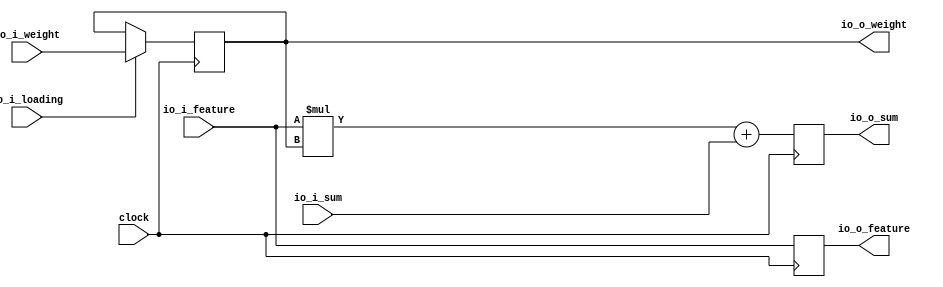
module wsPE(
  input         clock,
  input         io_i_loading,
  input  [7:0]  io_i_feature,
  input  [7:0]  io_i_weight,
  input  [15:0] io_i_sum,
  output [7:0]  io_o_feature,
  output [7:0]  io_o_weight,
  output [15:0] io_o_sum
);
`ifdef RANDOMIZE_REG_INIT
  reg [31:0] _RAND_0;
  reg [31:0] _RAND_1;
  reg [31:0] _RAND_2;
`endif // RANDOMIZE_REG_INIT
  reg [7:0] r_weight; // @[wsPE.scala 18:22]
  reg [7:0] r_feature; // @[wsPE.scala 19:22]
  reg [15:0] r_mac; // @[wsPE.scala 20:22]
  wire [15:0] _r_mac_T = $signed(io_i_feature) * $signed(r_weight); // @[wsPE.scala 29:33]
  assign io_o_feature = r_feature; // @[wsPE.scala 31:16]
  assign io_o_weight = r_weight; // @[wsPE.scala 32:16]
  assign io_o_sum = r_mac; // @[wsPE.scala 33:16]
  always @(posedge clock) begin
    if (io_i_loading) begin // @[wsPE.scala 22:34]
      r_weight <= io_i_weight; // @[wsPE.scala 23:14]
    end
    r_feature <= io_i_feature; // @[wsPE.scala 28:16]
    r_mac <= $signed(_r_mac_T) + $signed(io_i_sum); // @[wsPE.scala 29:45]
  end
// Register and memory initialization
`ifdef RANDOMIZE_GARBAGE_ASSIGN
`define RANDOMIZE
`endif
`ifdef RANDOMIZE_INVALID_ASSIGN
`define RANDOMIZE
`endif
`ifdef RANDOMIZE_REG_INIT
`define RANDOMIZE
`endif
`ifdef RANDOMIZE_MEM_INIT
`define RANDOMIZE
`endif
`ifndef RANDOM
`define RANDOM $random
`endif
`ifdef RANDOMIZE_MEM_INIT
  integer initvar;
`endif
`ifndef SYNTHESIS
`ifdef FIRRTL_BEFORE_INITIAL
`FIRRTL_BEFORE_INITIAL
`endif
initial begin
  `ifdef RANDOMIZE
    `ifdef INIT_RANDOM
      `INIT_RANDOM
    `endif
    `ifndef VERILATOR
      `ifdef RANDOMIZE_DELAY
        #`RANDOMIZE_DELAY begin end
      `else
        #0.002 begin end
      `endif
    `endif
`ifdef RANDOMIZE_REG_INIT
  _RAND_0 = {1{`RANDOM}};
  r_weight = _RAND_0[7:0];
  _RAND_1 = {1{`RANDOM}};
  r_feature = _RAND_1[7:0];
  _RAND_2 = {1{`RANDOM}};
  r_mac = _RAND_2[15:0];
`endif // RANDOMIZE_REG_INIT
  `endif // RANDOMIZE
end // initial
`ifdef FIRRTL_AFTER_INITIAL
`FIRRTL_AFTER_INITIAL
`endif
`endif // SYNTHESIS
endmodule
module wsSA(
  input         clock,
  input         reset,
  input         io_i_loading,
  input  [7:0]  io_i_feature_0,
  input  [7:0]  io_i_feature_1,
  input  [7:0]  io_i_feature_2,
  input  [7:0]  io_i_feature_3,
  input  [7:0]  io_i_feature_4,
  input  [7:0]  io_i_weight_0,
  input  [7:0]  io_i_weight_1,
  input  [7:0]  io_i_weight_2,
  input  [7:0]  io_i_weight_3,
  input  [7:0]  io_i_weight_4,
  output [15:0] io_o_result_0,
  output [15:0] io_o_result_1,
  output [15:0] io_o_result_2,
  output [15:0] io_o_result_3,
  output [15:0] io_o_result_4
);
  wire  sys_arr_0_0_clock; // @[wsSA.scala 16:57]
  wire  sys_arr_0_0_io_i_loading; // @[wsSA.scala 16:57]
  wire [7:0] sys_arr_0_0_io_i_feature; // @[wsSA.scala 16:57]
  wire [7:0] sys_arr_0_0_io_i_weight; // @[wsSA.scala 16:57]
  wire [15:0] sys_arr_0_0_io_i_sum; // @[wsSA.scala 16:57]
  wire [7:0] sys_arr_0_0_io_o_feature; // @[wsSA.scala 16:57]
  wire [7:0] sys_arr_0_0_io_o_weight; // @[wsSA.scala 16:57]
  wire [15:0] sys_arr_0_0_io_o_sum; // @[wsSA.scala 16:57]
  wire  sys_arr_0_1_clock; // @[wsSA.scala 16:57]
  wire  sys_arr_0_1_io_i_loading; // @[wsSA.scala 16:57]
  wire [7:0] sys_arr_0_1_io_i_feature; // @[wsSA.scala 16:57]
  wire [7:0] sys_arr_0_1_io_i_weight; // @[wsSA.scala 16:57]
  wire [15:0] sys_arr_0_1_io_i_sum; // @[wsSA.scala 16:57]
  wire [7:0] sys_arr_0_1_io_o_feature; // @[wsSA.scala 16:57]
  wire [7:0] sys_arr_0_1_io_o_weight; // @[wsSA.scala 16:57]
  wire [15:0] sys_arr_0_1_io_o_sum; // @[wsSA.scala 16:57]
  wire  sys_arr_0_2_clock; // @[wsSA.scala 16:57]
  wire  sys_arr_0_2_io_i_loading; // @[wsSA.scala 16:57]
  wire [7:0] sys_arr_0_2_io_i_feature; // @[wsSA.scala 16:57]
  wire [7:0] sys_arr_0_2_io_i_weight; // @[wsSA.scala 16:57]
  wire [15:0] sys_arr_0_2_io_i_sum; // @[wsSA.scala 16:57]
  wire [7:0] sys_arr_0_2_io_o_feature; // @[wsSA.scala 16:57]
  wire [7:0] sys_arr_0_2_io_o_weight; // @[wsSA.scala 16:57]
  wire [15:0] sys_arr_0_2_io_o_sum; // @[wsSA.scala 16:57]
  wire  sys_arr_0_3_clock; // @[wsSA.scala 16:57]
  wire  sys_arr_0_3_io_i_loading; // @[wsSA.scala 16:57]
  wire [7:0] sys_arr_0_3_io_i_feature; // @[wsSA.scala 16:57]
  wire [7:0] sys_arr_0_3_io_i_weight; // @[wsSA.scala 16:57]
  wire [15:0] sys_arr_0_3_io_i_sum; // @[wsSA.scala 16:57]
  wire [7:0] sys_arr_0_3_io_o_feature; // @[wsSA.scala 16:57]
  wire [7:0] sys_arr_0_3_io_o_weight; // @[wsSA.scala 16:57]
  wire [15:0] sys_arr_0_3_io_o_sum; // @[wsSA.scala 16:57]
  wire  sys_arr_0_4_clock; // @[wsSA.scala 16:57]
  wire  sys_arr_0_4_io_i_loading; // @[wsSA.scala 16:57]
  wire [7:0] sys_arr_0_4_io_i_feature; // @[wsSA.scala 16:57]
  wire [7:0] sys_arr_0_4_io_i_weight; // @[wsSA.scala 16:57]
  wire [15:0] sys_arr_0_4_io_i_sum; // @[wsSA.scala 16:57]
  wire [7:0] sys_arr_0_4_io_o_feature; // @[wsSA.scala 16:57]
  wire [7:0] sys_arr_0_4_io_o_weight; // @[wsSA.scala 16:57]
  wire [15:0] sys_arr_0_4_io_o_sum; // @[wsSA.scala 16:57]
  wire  sys_arr_1_0_clock; // @[wsSA.scala 16:57]
  wire  sys_arr_1_0_io_i_loading; // @[wsSA.scala 16:57]
  wire [7:0] sys_arr_1_0_io_i_feature; // @[wsSA.scala 16:57]
  wire [7:0] sys_arr_1_0_io_i_weight; // @[wsSA.scala 16:57]
  wire [15:0] sys_arr_1_0_io_i_sum; // @[wsSA.scala 16:57]
  wire [7:0] sys_arr_1_0_io_o_feature; // @[wsSA.scala 16:57]
  wire [7:0] sys_arr_1_0_io_o_weight; // @[wsSA.scala 16:57]
  wire [15:0] sys_arr_1_0_io_o_sum; // @[wsSA.scala 16:57]
  wire  sys_arr_1_1_clock; // @[wsSA.scala 16:57]
  wire  sys_arr_1_1_io_i_loading; // @[wsSA.scala 16:57]
  wire [7:0] sys_arr_1_1_io_i_feature; // @[wsSA.scala 16:57]
  wire [7:0] sys_arr_1_1_io_i_weight; // @[wsSA.scala 16:57]
  wire [15:0] sys_arr_1_1_io_i_sum; // @[wsSA.scala 16:57]
  wire [7:0] sys_arr_1_1_io_o_feature; // @[wsSA.scala 16:57]
  wire [7:0] sys_arr_1_1_io_o_weight; // @[wsSA.scala 16:57]
  wire [15:0] sys_arr_1_1_io_o_sum; // @[wsSA.scala 16:57]
  wire  sys_arr_1_2_clock; // @[wsSA.scala 16:57]
  wire  sys_arr_1_2_io_i_loading; // @[wsSA.scala 16:57]
  wire [7:0] sys_arr_1_2_io_i_feature; // @[wsSA.scala 16:57]
  wire [7:0] sys_arr_1_2_io_i_weight; // @[wsSA.scala 16:57]
  wire [15:0] sys_arr_1_2_io_i_sum; // @[wsSA.scala 16:57]
  wire [7:0] sys_arr_1_2_io_o_feature; // @[wsSA.scala 16:57]
  wire [7:0] sys_arr_1_2_io_o_weight; // @[wsSA.scala 16:57]
  wire [15:0] sys_arr_1_2_io_o_sum; // @[wsSA.scala 16:57]
  wire  sys_arr_1_3_clock; // @[wsSA.scala 16:57]
  wire  sys_arr_1_3_io_i_loading; // @[wsSA.scala 16:57]
  wire [7:0] sys_arr_1_3_io_i_feature; // @[wsSA.scala 16:57]
  wire [7:0] sys_arr_1_3_io_i_weight; // @[wsSA.scala 16:57]
  wire [15:0] sys_arr_1_3_io_i_sum; // @[wsSA.scala 16:57]
  wire [7:0] sys_arr_1_3_io_o_feature; // @[wsSA.scala 16:57]
  wire [7:0] sys_arr_1_3_io_o_weight; // @[wsSA.scala 16:57]
  wire [15:0] sys_arr_1_3_io_o_sum; // @[wsSA.scala 16:57]
  wire  sys_arr_1_4_clock; // @[wsSA.scala 16:57]
  wire  sys_arr_1_4_io_i_loading; // @[wsSA.scala 16:57]
  wire [7:0] sys_arr_1_4_io_i_feature; // @[wsSA.scala 16:57]
  wire [7:0] sys_arr_1_4_io_i_weight; // @[wsSA.scala 16:57]
  wire [15:0] sys_arr_1_4_io_i_sum; // @[wsSA.scala 16:57]
  wire [7:0] sys_arr_1_4_io_o_feature; // @[wsSA.scala 16:57]
  wire [7:0] sys_arr_1_4_io_o_weight; // @[wsSA.scala 16:57]
  wire [15:0] sys_arr_1_4_io_o_sum; // @[wsSA.scala 16:57]
  wire  sys_arr_2_0_clock; // @[wsSA.scala 16:57]
  wire  sys_arr_2_0_io_i_loading; // @[wsSA.scala 16:57]
  wire [7:0] sys_arr_2_0_io_i_feature; // @[wsSA.scala 16:57]
  wire [7:0] sys_arr_2_0_io_i_weight; // @[wsSA.scala 16:57]
  wire [15:0] sys_arr_2_0_io_i_sum; // @[wsSA.scala 16:57]
  wire [7:0] sys_arr_2_0_io_o_feature; // @[wsSA.scala 16:57]
  wire [7:0] sys_arr_2_0_io_o_weight; // @[wsSA.scala 16:57]
  wire [15:0] sys_arr_2_0_io_o_sum; // @[wsSA.scala 16:57]
  wire  sys_arr_2_1_clock; // @[wsSA.scala 16:57]
  wire  sys_arr_2_1_io_i_loading; // @[wsSA.scala 16:57]
  wire [7:0] sys_arr_2_1_io_i_feature; // @[wsSA.scala 16:57]
  wire [7:0] sys_arr_2_1_io_i_weight; // @[wsSA.scala 16:57]
  wire [15:0] sys_arr_2_1_io_i_sum; // @[wsSA.scala 16:57]
  wire [7:0] sys_arr_2_1_io_o_feature; // @[wsSA.scala 16:57]
  wire [7:0] sys_arr_2_1_io_o_weight; // @[wsSA.scala 16:57]
  wire [15:0] sys_arr_2_1_io_o_sum; // @[wsSA.scala 16:57]
  wire  sys_arr_2_2_clock; // @[wsSA.scala 16:57]
  wire  sys_arr_2_2_io_i_loading; // @[wsSA.scala 16:57]
  wire [7:0] sys_arr_2_2_io_i_feature; // @[wsSA.scala 16:57]
  wire [7:0] sys_arr_2_2_io_i_weight; // @[wsSA.scala 16:57]
  wire [15:0] sys_arr_2_2_io_i_sum; // @[wsSA.scala 16:57]
  wire [7:0] sys_arr_2_2_io_o_feature; // @[wsSA.scala 16:57]
  wire [7:0] sys_arr_2_2_io_o_weight; // @[wsSA.scala 16:57]
  wire [15:0] sys_arr_2_2_io_o_sum; // @[wsSA.scala 16:57]
  wire  sys_arr_2_3_clock; // @[wsSA.scala 16:57]
  wire  sys_arr_2_3_io_i_loading; // @[wsSA.scala 16:57]
  wire [7:0] sys_arr_2_3_io_i_feature; // @[wsSA.scala 16:57]
  wire [7:0] sys_arr_2_3_io_i_weight; // @[wsSA.scala 16:57]
  wire [15:0] sys_arr_2_3_io_i_sum; // @[wsSA.scala 16:57]
  wire [7:0] sys_arr_2_3_io_o_feature; // @[wsSA.scala 16:57]
  wire [7:0] sys_arr_2_3_io_o_weight; // @[wsSA.scala 16:57]
  wire [15:0] sys_arr_2_3_io_o_sum; // @[wsSA.scala 16:57]
  wire  sys_arr_2_4_clock; // @[wsSA.scala 16:57]
  wire  sys_arr_2_4_io_i_loading; // @[wsSA.scala 16:57]
  wire [7:0] sys_arr_2_4_io_i_feature; // @[wsSA.scala 16:57]
  wire [7:0] sys_arr_2_4_io_i_weight; // @[wsSA.scala 16:57]
  wire [15:0] sys_arr_2_4_io_i_sum; // @[wsSA.scala 16:57]
  wire [7:0] sys_arr_2_4_io_o_feature; // @[wsSA.scala 16:57]
  wire [7:0] sys_arr_2_4_io_o_weight; // @[wsSA.scala 16:57]
  wire [15:0] sys_arr_2_4_io_o_sum; // @[wsSA.scala 16:57]
  wire  sys_arr_3_0_clock; // @[wsSA.scala 16:57]
  wire  sys_arr_3_0_io_i_loading; // @[wsSA.scala 16:57]
  wire [7:0] sys_arr_3_0_io_i_feature; // @[wsSA.scala 16:57]
  wire [7:0] sys_arr_3_0_io_i_weight; // @[wsSA.scala 16:57]
  wire [15:0] sys_arr_3_0_io_i_sum; // @[wsSA.scala 16:57]
  wire [7:0] sys_arr_3_0_io_o_feature; // @[wsSA.scala 16:57]
  wire [7:0] sys_arr_3_0_io_o_weight; // @[wsSA.scala 16:57]
  wire [15:0] sys_arr_3_0_io_o_sum; // @[wsSA.scala 16:57]
  wire  sys_arr_3_1_clock; // @[wsSA.scala 16:57]
  wire  sys_arr_3_1_io_i_loading; // @[wsSA.scala 16:57]
  wire [7:0] sys_arr_3_1_io_i_feature; // @[wsSA.scala 16:57]
  wire [7:0] sys_arr_3_1_io_i_weight; // @[wsSA.scala 16:57]
  wire [15:0] sys_arr_3_1_io_i_sum; // @[wsSA.scala 16:57]
  wire [7:0] sys_arr_3_1_io_o_feature; // @[wsSA.scala 16:57]
  wire [7:0] sys_arr_3_1_io_o_weight; // @[wsSA.scala 16:57]
  wire [15:0] sys_arr_3_1_io_o_sum; // @[wsSA.scala 16:57]
  wire  sys_arr_3_2_clock; // @[wsSA.scala 16:57]
  wire  sys_arr_3_2_io_i_loading; // @[wsSA.scala 16:57]
  wire [7:0] sys_arr_3_2_io_i_feature; // @[wsSA.scala 16:57]
  wire [7:0] sys_arr_3_2_io_i_weight; // @[wsSA.scala 16:57]
  wire [15:0] sys_arr_3_2_io_i_sum; // @[wsSA.scala 16:57]
  wire [7:0] sys_arr_3_2_io_o_feature; // @[wsSA.scala 16:57]
  wire [7:0] sys_arr_3_2_io_o_weight; // @[wsSA.scala 16:57]
  wire [15:0] sys_arr_3_2_io_o_sum; // @[wsSA.scala 16:57]
  wire  sys_arr_3_3_clock; // @[wsSA.scala 16:57]
  wire  sys_arr_3_3_io_i_loading; // @[wsSA.scala 16:57]
  wire [7:0] sys_arr_3_3_io_i_feature; // @[wsSA.scala 16:57]
  wire [7:0] sys_arr_3_3_io_i_weight; // @[wsSA.scala 16:57]
  wire [15:0] sys_arr_3_3_io_i_sum; // @[wsSA.scala 16:57]
  wire [7:0] sys_arr_3_3_io_o_feature; // @[wsSA.scala 16:57]
  wire [7:0] sys_arr_3_3_io_o_weight; // @[wsSA.scala 16:57]
  wire [15:0] sys_arr_3_3_io_o_sum; // @[wsSA.scala 16:57]
  wire  sys_arr_3_4_clock; // @[wsSA.scala 16:57]
  wire  sys_arr_3_4_io_i_loading; // @[wsSA.scala 16:57]
  wire [7:0] sys_arr_3_4_io_i_feature; // @[wsSA.scala 16:57]
  wire [7:0] sys_arr_3_4_io_i_weight; // @[wsSA.scala 16:57]
  wire [15:0] sys_arr_3_4_io_i_sum; // @[wsSA.scala 16:57]
  wire [7:0] sys_arr_3_4_io_o_feature; // @[wsSA.scala 16:57]
  wire [7:0] sys_arr_3_4_io_o_weight; // @[wsSA.scala 16:57]
  wire [15:0] sys_arr_3_4_io_o_sum; // @[wsSA.scala 16:57]
  wire  sys_arr_4_0_clock; // @[wsSA.scala 16:57]
  wire  sys_arr_4_0_io_i_loading; // @[wsSA.scala 16:57]
  wire [7:0] sys_arr_4_0_io_i_feature; // @[wsSA.scala 16:57]
  wire [7:0] sys_arr_4_0_io_i_weight; // @[wsSA.scala 16:57]
  wire [15:0] sys_arr_4_0_io_i_sum; // @[wsSA.scala 16:57]
  wire [7:0] sys_arr_4_0_io_o_feature; // @[wsSA.scala 16:57]
  wire [7:0] sys_arr_4_0_io_o_weight; // @[wsSA.scala 16:57]
  wire [15:0] sys_arr_4_0_io_o_sum; // @[wsSA.scala 16:57]
  wire  sys_arr_4_1_clock; // @[wsSA.scala 16:57]
  wire  sys_arr_4_1_io_i_loading; // @[wsSA.scala 16:57]
  wire [7:0] sys_arr_4_1_io_i_feature; // @[wsSA.scala 16:57]
  wire [7:0] sys_arr_4_1_io_i_weight; // @[wsSA.scala 16:57]
  wire [15:0] sys_arr_4_1_io_i_sum; // @[wsSA.scala 16:57]
  wire [7:0] sys_arr_4_1_io_o_feature; // @[wsSA.scala 16:57]
  wire [7:0] sys_arr_4_1_io_o_weight; // @[wsSA.scala 16:57]
  wire [15:0] sys_arr_4_1_io_o_sum; // @[wsSA.scala 16:57]
  wire  sys_arr_4_2_clock; // @[wsSA.scala 16:57]
  wire  sys_arr_4_2_io_i_loading; // @[wsSA.scala 16:57]
  wire [7:0] sys_arr_4_2_io_i_feature; // @[wsSA.scala 16:57]
  wire [7:0] sys_arr_4_2_io_i_weight; // @[wsSA.scala 16:57]
  wire [15:0] sys_arr_4_2_io_i_sum; // @[wsSA.scala 16:57]
  wire [7:0] sys_arr_4_2_io_o_feature; // @[wsSA.scala 16:57]
  wire [7:0] sys_arr_4_2_io_o_weight; // @[wsSA.scala 16:57]
  wire [15:0] sys_arr_4_2_io_o_sum; // @[wsSA.scala 16:57]
  wire  sys_arr_4_3_clock; // @[wsSA.scala 16:57]
  wire  sys_arr_4_3_io_i_loading; // @[wsSA.scala 16:57]
  wire [7:0] sys_arr_4_3_io_i_feature; // @[wsSA.scala 16:57]
  wire [7:0] sys_arr_4_3_io_i_weight; // @[wsSA.scala 16:57]
  wire [15:0] sys_arr_4_3_io_i_sum; // @[wsSA.scala 16:57]
  wire [7:0] sys_arr_4_3_io_o_feature; // @[wsSA.scala 16:57]
  wire [7:0] sys_arr_4_3_io_o_weight; // @[wsSA.scala 16:57]
  wire [15:0] sys_arr_4_3_io_o_sum; // @[wsSA.scala 16:57]
  wire  sys_arr_4_4_clock; // @[wsSA.scala 16:57]
  wire  sys_arr_4_4_io_i_loading; // @[wsSA.scala 16:57]
  wire [7:0] sys_arr_4_4_io_i_feature; // @[wsSA.scala 16:57]
  wire [7:0] sys_arr_4_4_io_i_weight; // @[wsSA.scala 16:57]
  wire [15:0] sys_arr_4_4_io_i_sum; // @[wsSA.scala 16:57]
  wire [7:0] sys_arr_4_4_io_o_feature; // @[wsSA.scala 16:57]
  wire [7:0] sys_arr_4_4_io_o_weight; // @[wsSA.scala 16:57]
  wire [15:0] sys_arr_4_4_io_o_sum; // @[wsSA.scala 16:57]
  wsPE sys_arr_0_0 ( // @[wsSA.scala 16:57]
    .clock(sys_arr_0_0_clock),
    .io_i_loading(sys_arr_0_0_io_i_loading),
    .io_i_feature(sys_arr_0_0_io_i_feature),
    .io_i_weight(sys_arr_0_0_io_i_weight),
    .io_i_sum(sys_arr_0_0_io_i_sum),
    .io_o_feature(sys_arr_0_0_io_o_feature),
    .io_o_weight(sys_arr_0_0_io_o_weight),
    .io_o_sum(sys_arr_0_0_io_o_sum)
  );
  wsPE sys_arr_0_1 ( // @[wsSA.scala 16:57]
    .clock(sys_arr_0_1_clock),
    .io_i_loading(sys_arr_0_1_io_i_loading),
    .io_i_feature(sys_arr_0_1_io_i_feature),
    .io_i_weight(sys_arr_0_1_io_i_weight),
    .io_i_sum(sys_arr_0_1_io_i_sum),
    .io_o_feature(sys_arr_0_1_io_o_feature),
    .io_o_weight(sys_arr_0_1_io_o_weight),
    .io_o_sum(sys_arr_0_1_io_o_sum)
  );
  wsPE sys_arr_0_2 ( // @[wsSA.scala 16:57]
    .clock(sys_arr_0_2_clock),
    .io_i_loading(sys_arr_0_2_io_i_loading),
    .io_i_feature(sys_arr_0_2_io_i_feature),
    .io_i_weight(sys_arr_0_2_io_i_weight),
    .io_i_sum(sys_arr_0_2_io_i_sum),
    .io_o_feature(sys_arr_0_2_io_o_feature),
    .io_o_weight(sys_arr_0_2_io_o_weight),
    .io_o_sum(sys_arr_0_2_io_o_sum)
  );
  wsPE sys_arr_0_3 ( // @[wsSA.scala 16:57]
    .clock(sys_arr_0_3_clock),
    .io_i_loading(sys_arr_0_3_io_i_loading),
    .io_i_feature(sys_arr_0_3_io_i_feature),
    .io_i_weight(sys_arr_0_3_io_i_weight),
    .io_i_sum(sys_arr_0_3_io_i_sum),
    .io_o_feature(sys_arr_0_3_io_o_feature),
    .io_o_weight(sys_arr_0_3_io_o_weight),
    .io_o_sum(sys_arr_0_3_io_o_sum)
  );
  wsPE sys_arr_0_4 ( // @[wsSA.scala 16:57]
    .clock(sys_arr_0_4_clock),
    .io_i_loading(sys_arr_0_4_io_i_loading),
    .io_i_feature(sys_arr_0_4_io_i_feature),
    .io_i_weight(sys_arr_0_4_io_i_weight),
    .io_i_sum(sys_arr_0_4_io_i_sum),
    .io_o_feature(sys_arr_0_4_io_o_feature),
    .io_o_weight(sys_arr_0_4_io_o_weight),
    .io_o_sum(sys_arr_0_4_io_o_sum)
  );
  wsPE sys_arr_1_0 ( // @[wsSA.scala 16:57]
    .clock(sys_arr_1_0_clock),
    .io_i_loading(sys_arr_1_0_io_i_loading),
    .io_i_feature(sys_arr_1_0_io_i_feature),
    .io_i_weight(sys_arr_1_0_io_i_weight),
    .io_i_sum(sys_arr_1_0_io_i_sum),
    .io_o_feature(sys_arr_1_0_io_o_feature),
    .io_o_weight(sys_arr_1_0_io_o_weight),
    .io_o_sum(sys_arr_1_0_io_o_sum)
  );
  wsPE sys_arr_1_1 ( // @[wsSA.scala 16:57]
    .clock(sys_arr_1_1_clock),
    .io_i_loading(sys_arr_1_1_io_i_loading),
    .io_i_feature(sys_arr_1_1_io_i_feature),
    .io_i_weight(sys_arr_1_1_io_i_weight),
    .io_i_sum(sys_arr_1_1_io_i_sum),
    .io_o_feature(sys_arr_1_1_io_o_feature),
    .io_o_weight(sys_arr_1_1_io_o_weight),
    .io_o_sum(sys_arr_1_1_io_o_sum)
  );
  wsPE sys_arr_1_2 ( // @[wsSA.scala 16:57]
    .clock(sys_arr_1_2_clock),
    .io_i_loading(sys_arr_1_2_io_i_loading),
    .io_i_feature(sys_arr_1_2_io_i_feature),
    .io_i_weight(sys_arr_1_2_io_i_weight),
    .io_i_sum(sys_arr_1_2_io_i_sum),
    .io_o_feature(sys_arr_1_2_io_o_feature),
    .io_o_weight(sys_arr_1_2_io_o_weight),
    .io_o_sum(sys_arr_1_2_io_o_sum)
  );
  wsPE sys_arr_1_3 ( // @[wsSA.scala 16:57]
    .clock(sys_arr_1_3_clock),
    .io_i_loading(sys_arr_1_3_io_i_loading),
    .io_i_feature(sys_arr_1_3_io_i_feature),
    .io_i_weight(sys_arr_1_3_io_i_weight),
    .io_i_sum(sys_arr_1_3_io_i_sum),
    .io_o_feature(sys_arr_1_3_io_o_feature),
    .io_o_weight(sys_arr_1_3_io_o_weight),
    .io_o_sum(sys_arr_1_3_io_o_sum)
  );
  wsPE sys_arr_1_4 ( // @[wsSA.scala 16:57]
    .clock(sys_arr_1_4_clock),
    .io_i_loading(sys_arr_1_4_io_i_loading),
    .io_i_feature(sys_arr_1_4_io_i_feature),
    .io_i_weight(sys_arr_1_4_io_i_weight),
    .io_i_sum(sys_arr_1_4_io_i_sum),
    .io_o_feature(sys_arr_1_4_io_o_feature),
    .io_o_weight(sys_arr_1_4_io_o_weight),
    .io_o_sum(sys_arr_1_4_io_o_sum)
  );
  wsPE sys_arr_2_0 ( // @[wsSA.scala 16:57]
    .clock(sys_arr_2_0_clock),
    .io_i_loading(sys_arr_2_0_io_i_loading),
    .io_i_feature(sys_arr_2_0_io_i_feature),
    .io_i_weight(sys_arr_2_0_io_i_weight),
    .io_i_sum(sys_arr_2_0_io_i_sum),
    .io_o_feature(sys_arr_2_0_io_o_feature),
    .io_o_weight(sys_arr_2_0_io_o_weight),
    .io_o_sum(sys_arr_2_0_io_o_sum)
  );
  wsPE sys_arr_2_1 ( // @[wsSA.scala 16:57]
    .clock(sys_arr_2_1_clock),
    .io_i_loading(sys_arr_2_1_io_i_loading),
    .io_i_feature(sys_arr_2_1_io_i_feature),
    .io_i_weight(sys_arr_2_1_io_i_weight),
    .io_i_sum(sys_arr_2_1_io_i_sum),
    .io_o_feature(sys_arr_2_1_io_o_feature),
    .io_o_weight(sys_arr_2_1_io_o_weight),
    .io_o_sum(sys_arr_2_1_io_o_sum)
  );
  wsPE sys_arr_2_2 ( // @[wsSA.scala 16:57]
    .clock(sys_arr_2_2_clock),
    .io_i_loading(sys_arr_2_2_io_i_loading),
    .io_i_feature(sys_arr_2_2_io_i_feature),
    .io_i_weight(sys_arr_2_2_io_i_weight),
    .io_i_sum(sys_arr_2_2_io_i_sum),
    .io_o_feature(sys_arr_2_2_io_o_feature),
    .io_o_weight(sys_arr_2_2_io_o_weight),
    .io_o_sum(sys_arr_2_2_io_o_sum)
  );
  wsPE sys_arr_2_3 ( // @[wsSA.scala 16:57]
    .clock(sys_arr_2_3_clock),
    .io_i_loading(sys_arr_2_3_io_i_loading),
    .io_i_feature(sys_arr_2_3_io_i_feature),
    .io_i_weight(sys_arr_2_3_io_i_weight),
    .io_i_sum(sys_arr_2_3_io_i_sum),
    .io_o_feature(sys_arr_2_3_io_o_feature),
    .io_o_weight(sys_arr_2_3_io_o_weight),
    .io_o_sum(sys_arr_2_3_io_o_sum)
  );
  wsPE sys_arr_2_4 ( // @[wsSA.scala 16:57]
    .clock(sys_arr_2_4_clock),
    .io_i_loading(sys_arr_2_4_io_i_loading),
    .io_i_feature(sys_arr_2_4_io_i_feature),
    .io_i_weight(sys_arr_2_4_io_i_weight),
    .io_i_sum(sys_arr_2_4_io_i_sum),
    .io_o_feature(sys_arr_2_4_io_o_feature),
    .io_o_weight(sys_arr_2_4_io_o_weight),
    .io_o_sum(sys_arr_2_4_io_o_sum)
  );
  wsPE sys_arr_3_0 ( // @[wsSA.scala 16:57]
    .clock(sys_arr_3_0_clock),
    .io_i_loading(sys_arr_3_0_io_i_loading),
    .io_i_feature(sys_arr_3_0_io_i_feature),
    .io_i_weight(sys_arr_3_0_io_i_weight),
    .io_i_sum(sys_arr_3_0_io_i_sum),
    .io_o_feature(sys_arr_3_0_io_o_feature),
    .io_o_weight(sys_arr_3_0_io_o_weight),
    .io_o_sum(sys_arr_3_0_io_o_sum)
  );
  wsPE sys_arr_3_1 ( // @[wsSA.scala 16:57]
    .clock(sys_arr_3_1_clock),
    .io_i_loading(sys_arr_3_1_io_i_loading),
    .io_i_feature(sys_arr_3_1_io_i_feature),
    .io_i_weight(sys_arr_3_1_io_i_weight),
    .io_i_sum(sys_arr_3_1_io_i_sum),
    .io_o_feature(sys_arr_3_1_io_o_feature),
    .io_o_weight(sys_arr_3_1_io_o_weight),
    .io_o_sum(sys_arr_3_1_io_o_sum)
  );
  wsPE sys_arr_3_2 ( // @[wsSA.scala 16:57]
    .clock(sys_arr_3_2_clock),
    .io_i_loading(sys_arr_3_2_io_i_loading),
    .io_i_feature(sys_arr_3_2_io_i_feature),
    .io_i_weight(sys_arr_3_2_io_i_weight),
    .io_i_sum(sys_arr_3_2_io_i_sum),
    .io_o_feature(sys_arr_3_2_io_o_feature),
    .io_o_weight(sys_arr_3_2_io_o_weight),
    .io_o_sum(sys_arr_3_2_io_o_sum)
  );
  wsPE sys_arr_3_3 ( // @[wsSA.scala 16:57]
    .clock(sys_arr_3_3_clock),
    .io_i_loading(sys_arr_3_3_io_i_loading),
    .io_i_feature(sys_arr_3_3_io_i_feature),
    .io_i_weight(sys_arr_3_3_io_i_weight),
    .io_i_sum(sys_arr_3_3_io_i_sum),
    .io_o_feature(sys_arr_3_3_io_o_feature),
    .io_o_weight(sys_arr_3_3_io_o_weight),
    .io_o_sum(sys_arr_3_3_io_o_sum)
  );
  wsPE sys_arr_3_4 ( // @[wsSA.scala 16:57]
    .clock(sys_arr_3_4_clock),
    .io_i_loading(sys_arr_3_4_io_i_loading),
    .io_i_feature(sys_arr_3_4_io_i_feature),
    .io_i_weight(sys_arr_3_4_io_i_weight),
    .io_i_sum(sys_arr_3_4_io_i_sum),
    .io_o_feature(sys_arr_3_4_io_o_feature),
    .io_o_weight(sys_arr_3_4_io_o_weight),
    .io_o_sum(sys_arr_3_4_io_o_sum)
  );
  wsPE sys_arr_4_0 ( // @[wsSA.scala 16:57]
    .clock(sys_arr_4_0_clock),
    .io_i_loading(sys_arr_4_0_io_i_loading),
    .io_i_feature(sys_arr_4_0_io_i_feature),
    .io_i_weight(sys_arr_4_0_io_i_weight),
    .io_i_sum(sys_arr_4_0_io_i_sum),
    .io_o_feature(sys_arr_4_0_io_o_feature),
    .io_o_weight(sys_arr_4_0_io_o_weight),
    .io_o_sum(sys_arr_4_0_io_o_sum)
  );
  wsPE sys_arr_4_1 ( // @[wsSA.scala 16:57]
    .clock(sys_arr_4_1_clock),
    .io_i_loading(sys_arr_4_1_io_i_loading),
    .io_i_feature(sys_arr_4_1_io_i_feature),
    .io_i_weight(sys_arr_4_1_io_i_weight),
    .io_i_sum(sys_arr_4_1_io_i_sum),
    .io_o_feature(sys_arr_4_1_io_o_feature),
    .io_o_weight(sys_arr_4_1_io_o_weight),
    .io_o_sum(sys_arr_4_1_io_o_sum)
  );
  wsPE sys_arr_4_2 ( // @[wsSA.scala 16:57]
    .clock(sys_arr_4_2_clock),
    .io_i_loading(sys_arr_4_2_io_i_loading),
    .io_i_feature(sys_arr_4_2_io_i_feature),
    .io_i_weight(sys_arr_4_2_io_i_weight),
    .io_i_sum(sys_arr_4_2_io_i_sum),
    .io_o_feature(sys_arr_4_2_io_o_feature),
    .io_o_weight(sys_arr_4_2_io_o_weight),
    .io_o_sum(sys_arr_4_2_io_o_sum)
  );
  wsPE sys_arr_4_3 ( // @[wsSA.scala 16:57]
    .clock(sys_arr_4_3_clock),
    .io_i_loading(sys_arr_4_3_io_i_loading),
    .io_i_feature(sys_arr_4_3_io_i_feature),
    .io_i_weight(sys_arr_4_3_io_i_weight),
    .io_i_sum(sys_arr_4_3_io_i_sum),
    .io_o_feature(sys_arr_4_3_io_o_feature),
    .io_o_weight(sys_arr_4_3_io_o_weight),
    .io_o_sum(sys_arr_4_3_io_o_sum)
  );
  wsPE sys_arr_4_4 ( // @[wsSA.scala 16:57]
    .clock(sys_arr_4_4_clock),
    .io_i_loading(sys_arr_4_4_io_i_loading),
    .io_i_feature(sys_arr_4_4_io_i_feature),
    .io_i_weight(sys_arr_4_4_io_i_weight),
    .io_i_sum(sys_arr_4_4_io_i_sum),
    .io_o_feature(sys_arr_4_4_io_o_feature),
    .io_o_weight(sys_arr_4_4_io_o_weight),
    .io_o_sum(sys_arr_4_4_io_o_sum)
  );
  assign io_o_result_0 = sys_arr_4_0_io_o_sum; // @[wsSA.scala 34:20]
  assign io_o_result_1 = sys_arr_4_1_io_o_sum; // @[wsSA.scala 34:20]
  assign io_o_result_2 = sys_arr_4_2_io_o_sum; // @[wsSA.scala 34:20]
  assign io_o_result_3 = sys_arr_4_3_io_o_sum; // @[wsSA.scala 34:20]
  assign io_o_result_4 = sys_arr_4_4_io_o_sum; // @[wsSA.scala 34:20]
  assign sys_arr_0_0_clock = clock;
  assign sys_arr_0_0_io_i_loading = io_i_loading; // @[wsSA.scala 20:44]
  assign sys_arr_0_0_io_i_feature = io_i_feature_0; // @[wsSA.scala 30:36]
  assign sys_arr_0_0_io_i_weight = io_i_weight_0; // @[wsSA.scala 22:40]
  assign sys_arr_0_0_io_i_sum = 16'sh0; // @[wsSA.scala 23:40]
  assign sys_arr_0_1_clock = clock;
  assign sys_arr_0_1_io_i_loading = io_i_loading; // @[wsSA.scala 20:44]
  assign sys_arr_0_1_io_i_feature = sys_arr_0_0_io_o_feature; // @[wsSA.scala 32:40]
  assign sys_arr_0_1_io_i_weight = io_i_weight_1; // @[wsSA.scala 22:40]
  assign sys_arr_0_1_io_i_sum = 16'sh0; // @[wsSA.scala 23:40]
  assign sys_arr_0_2_clock = clock;
  assign sys_arr_0_2_io_i_loading = io_i_loading; // @[wsSA.scala 20:44]
  assign sys_arr_0_2_io_i_feature = sys_arr_0_1_io_o_feature; // @[wsSA.scala 32:40]
  assign sys_arr_0_2_io_i_weight = io_i_weight_2; // @[wsSA.scala 22:40]
  assign sys_arr_0_2_io_i_sum = 16'sh0; // @[wsSA.scala 23:40]
  assign sys_arr_0_3_clock = clock;
  assign sys_arr_0_3_io_i_loading = io_i_loading; // @[wsSA.scala 20:44]
  assign sys_arr_0_3_io_i_feature = sys_arr_0_2_io_o_feature; // @[wsSA.scala 32:40]
  assign sys_arr_0_3_io_i_weight = io_i_weight_3; // @[wsSA.scala 22:40]
  assign sys_arr_0_3_io_i_sum = 16'sh0; // @[wsSA.scala 23:40]
  assign sys_arr_0_4_clock = clock;
  assign sys_arr_0_4_io_i_loading = io_i_loading; // @[wsSA.scala 20:44]
  assign sys_arr_0_4_io_i_feature = sys_arr_0_3_io_o_feature; // @[wsSA.scala 32:40]
  assign sys_arr_0_4_io_i_weight = io_i_weight_4; // @[wsSA.scala 22:40]
  assign sys_arr_0_4_io_i_sum = 16'sh0; // @[wsSA.scala 23:40]
  assign sys_arr_1_0_clock = clock;
  assign sys_arr_1_0_io_i_loading = io_i_loading; // @[wsSA.scala 20:44]
  assign sys_arr_1_0_io_i_feature = io_i_feature_1; // @[wsSA.scala 30:36]
  assign sys_arr_1_0_io_i_weight = sys_arr_0_0_io_o_weight; // @[wsSA.scala 26:40]
  assign sys_arr_1_0_io_i_sum = sys_arr_0_0_io_o_sum; // @[wsSA.scala 27:40]
  assign sys_arr_1_1_clock = clock;
  assign sys_arr_1_1_io_i_loading = io_i_loading; // @[wsSA.scala 20:44]
  assign sys_arr_1_1_io_i_feature = sys_arr_1_0_io_o_feature; // @[wsSA.scala 32:40]
  assign sys_arr_1_1_io_i_weight = sys_arr_0_1_io_o_weight; // @[wsSA.scala 26:40]
  assign sys_arr_1_1_io_i_sum = sys_arr_0_1_io_o_sum; // @[wsSA.scala 27:40]
  assign sys_arr_1_2_clock = clock;
  assign sys_arr_1_2_io_i_loading = io_i_loading; // @[wsSA.scala 20:44]
  assign sys_arr_1_2_io_i_feature = sys_arr_1_1_io_o_feature; // @[wsSA.scala 32:40]
  assign sys_arr_1_2_io_i_weight = sys_arr_0_2_io_o_weight; // @[wsSA.scala 26:40]
  assign sys_arr_1_2_io_i_sum = sys_arr_0_2_io_o_sum; // @[wsSA.scala 27:40]
  assign sys_arr_1_3_clock = clock;
  assign sys_arr_1_3_io_i_loading = io_i_loading; // @[wsSA.scala 20:44]
  assign sys_arr_1_3_io_i_feature = sys_arr_1_2_io_o_feature; // @[wsSA.scala 32:40]
  assign sys_arr_1_3_io_i_weight = sys_arr_0_3_io_o_weight; // @[wsSA.scala 26:40]
  assign sys_arr_1_3_io_i_sum = sys_arr_0_3_io_o_sum; // @[wsSA.scala 27:40]
  assign sys_arr_1_4_clock = clock;
  assign sys_arr_1_4_io_i_loading = io_i_loading; // @[wsSA.scala 20:44]
  assign sys_arr_1_4_io_i_feature = sys_arr_1_3_io_o_feature; // @[wsSA.scala 32:40]
  assign sys_arr_1_4_io_i_weight = sys_arr_0_4_io_o_weight; // @[wsSA.scala 26:40]
  assign sys_arr_1_4_io_i_sum = sys_arr_0_4_io_o_sum; // @[wsSA.scala 27:40]
  assign sys_arr_2_0_clock = clock;
  assign sys_arr_2_0_io_i_loading = io_i_loading; // @[wsSA.scala 20:44]
  assign sys_arr_2_0_io_i_feature = io_i_feature_2; // @[wsSA.scala 30:36]
  assign sys_arr_2_0_io_i_weight = sys_arr_1_0_io_o_weight; // @[wsSA.scala 26:40]
  assign sys_arr_2_0_io_i_sum = sys_arr_1_0_io_o_sum; // @[wsSA.scala 27:40]
  assign sys_arr_2_1_clock = clock;
  assign sys_arr_2_1_io_i_loading = io_i_loading; // @[wsSA.scala 20:44]
  assign sys_arr_2_1_io_i_feature = sys_arr_2_0_io_o_feature; // @[wsSA.scala 32:40]
  assign sys_arr_2_1_io_i_weight = sys_arr_1_1_io_o_weight; // @[wsSA.scala 26:40]
  assign sys_arr_2_1_io_i_sum = sys_arr_1_1_io_o_sum; // @[wsSA.scala 27:40]
  assign sys_arr_2_2_clock = clock;
  assign sys_arr_2_2_io_i_loading = io_i_loading; // @[wsSA.scala 20:44]
  assign sys_arr_2_2_io_i_feature = sys_arr_2_1_io_o_feature; // @[wsSA.scala 32:40]
  assign sys_arr_2_2_io_i_weight = sys_arr_1_2_io_o_weight; // @[wsSA.scala 26:40]
  assign sys_arr_2_2_io_i_sum = sys_arr_1_2_io_o_sum; // @[wsSA.scala 27:40]
  assign sys_arr_2_3_clock = clock;
  assign sys_arr_2_3_io_i_loading = io_i_loading; // @[wsSA.scala 20:44]
  assign sys_arr_2_3_io_i_feature = sys_arr_2_2_io_o_feature; // @[wsSA.scala 32:40]
  assign sys_arr_2_3_io_i_weight = sys_arr_1_3_io_o_weight; // @[wsSA.scala 26:40]
  assign sys_arr_2_3_io_i_sum = sys_arr_1_3_io_o_sum; // @[wsSA.scala 27:40]
  assign sys_arr_2_4_clock = clock;
  assign sys_arr_2_4_io_i_loading = io_i_loading; // @[wsSA.scala 20:44]
  assign sys_arr_2_4_io_i_feature = sys_arr_2_3_io_o_feature; // @[wsSA.scala 32:40]
  assign sys_arr_2_4_io_i_weight = sys_arr_1_4_io_o_weight; // @[wsSA.scala 26:40]
  assign sys_arr_2_4_io_i_sum = sys_arr_1_4_io_o_sum; // @[wsSA.scala 27:40]
  assign sys_arr_3_0_clock = clock;
  assign sys_arr_3_0_io_i_loading = io_i_loading; // @[wsSA.scala 20:44]
  assign sys_arr_3_0_io_i_feature = io_i_feature_3; // @[wsSA.scala 30:36]
  assign sys_arr_3_0_io_i_weight = sys_arr_2_0_io_o_weight; // @[wsSA.scala 26:40]
  assign sys_arr_3_0_io_i_sum = sys_arr_2_0_io_o_sum; // @[wsSA.scala 27:40]
  assign sys_arr_3_1_clock = clock;
  assign sys_arr_3_1_io_i_loading = io_i_loading; // @[wsSA.scala 20:44]
  assign sys_arr_3_1_io_i_feature = sys_arr_3_0_io_o_feature; // @[wsSA.scala 32:40]
  assign sys_arr_3_1_io_i_weight = sys_arr_2_1_io_o_weight; // @[wsSA.scala 26:40]
  assign sys_arr_3_1_io_i_sum = sys_arr_2_1_io_o_sum; // @[wsSA.scala 27:40]
  assign sys_arr_3_2_clock = clock;
  assign sys_arr_3_2_io_i_loading = io_i_loading; // @[wsSA.scala 20:44]
  assign sys_arr_3_2_io_i_feature = sys_arr_3_1_io_o_feature; // @[wsSA.scala 32:40]
  assign sys_arr_3_2_io_i_weight = sys_arr_2_2_io_o_weight; // @[wsSA.scala 26:40]
  assign sys_arr_3_2_io_i_sum = sys_arr_2_2_io_o_sum; // @[wsSA.scala 27:40]
  assign sys_arr_3_3_clock = clock;
  assign sys_arr_3_3_io_i_loading = io_i_loading; // @[wsSA.scala 20:44]
  assign sys_arr_3_3_io_i_feature = sys_arr_3_2_io_o_feature; // @[wsSA.scala 32:40]
  assign sys_arr_3_3_io_i_weight = sys_arr_2_3_io_o_weight; // @[wsSA.scala 26:40]
  assign sys_arr_3_3_io_i_sum = sys_arr_2_3_io_o_sum; // @[wsSA.scala 27:40]
  assign sys_arr_3_4_clock = clock;
  assign sys_arr_3_4_io_i_loading = io_i_loading; // @[wsSA.scala 20:44]
  assign sys_arr_3_4_io_i_feature = sys_arr_3_3_io_o_feature; // @[wsSA.scala 32:40]
  assign sys_arr_3_4_io_i_weight = sys_arr_2_4_io_o_weight; // @[wsSA.scala 26:40]
  assign sys_arr_3_4_io_i_sum = sys_arr_2_4_io_o_sum; // @[wsSA.scala 27:40]
  assign sys_arr_4_0_clock = clock;
  assign sys_arr_4_0_io_i_loading = io_i_loading; // @[wsSA.scala 20:44]
  assign sys_arr_4_0_io_i_feature = io_i_feature_4; // @[wsSA.scala 30:36]
  assign sys_arr_4_0_io_i_weight = sys_arr_3_0_io_o_weight; // @[wsSA.scala 26:40]
  assign sys_arr_4_0_io_i_sum = sys_arr_3_0_io_o_sum; // @[wsSA.scala 27:40]
  assign sys_arr_4_1_clock = clock;
  assign sys_arr_4_1_io_i_loading = io_i_loading; // @[wsSA.scala 20:44]
  assign sys_arr_4_1_io_i_feature = sys_arr_4_0_io_o_feature; // @[wsSA.scala 32:40]
  assign sys_arr_4_1_io_i_weight = sys_arr_3_1_io_o_weight; // @[wsSA.scala 26:40]
  assign sys_arr_4_1_io_i_sum = sys_arr_3_1_io_o_sum; // @[wsSA.scala 27:40]
  assign sys_arr_4_2_clock = clock;
  assign sys_arr_4_2_io_i_loading = io_i_loading; // @[wsSA.scala 20:44]
  assign sys_arr_4_2_io_i_feature = sys_arr_4_1_io_o_feature; // @[wsSA.scala 32:40]
  assign sys_arr_4_2_io_i_weight = sys_arr_3_2_io_o_weight; // @[wsSA.scala 26:40]
  assign sys_arr_4_2_io_i_sum = sys_arr_3_2_io_o_sum; // @[wsSA.scala 27:40]
  assign sys_arr_4_3_clock = clock;
  assign sys_arr_4_3_io_i_loading = io_i_loading; // @[wsSA.scala 20:44]
  assign sys_arr_4_3_io_i_feature = sys_arr_4_2_io_o_feature; // @[wsSA.scala 32:40]
  assign sys_arr_4_3_io_i_weight = sys_arr_3_3_io_o_weight; // @[wsSA.scala 26:40]
  assign sys_arr_4_3_io_i_sum = sys_arr_3_3_io_o_sum; // @[wsSA.scala 27:40]
  assign sys_arr_4_4_clock = clock;
  assign sys_arr_4_4_io_i_loading = io_i_loading; // @[wsSA.scala 20:44]
  assign sys_arr_4_4_io_i_feature = sys_arr_4_3_io_o_feature; // @[wsSA.scala 32:40]
  assign sys_arr_4_4_io_i_weight = sys_arr_3_4_io_o_weight; // @[wsSA.scala 26:40]
  assign sys_arr_4_4_io_i_sum = sys_arr_3_4_io_o_sum; // @[wsSA.scala 27:40]
endmodule